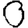
Digit: 0